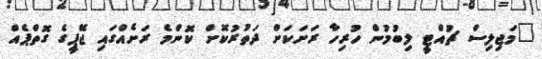
"މަޖިލިސް ޗުއްޓީ ލިބުމުން ހުރިހާ ރަށަކަށް ދަތުރުކޮށް ކޮންމެ ރަށެއްގައި ޖޭޕީގެ ގޮތްޕެއް